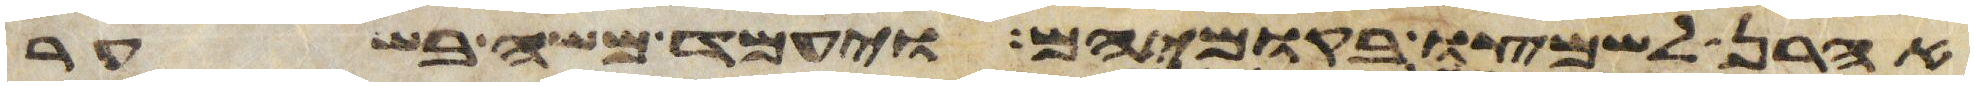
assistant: אהרן לשמצו בקומיהם ויעמד משה בשער